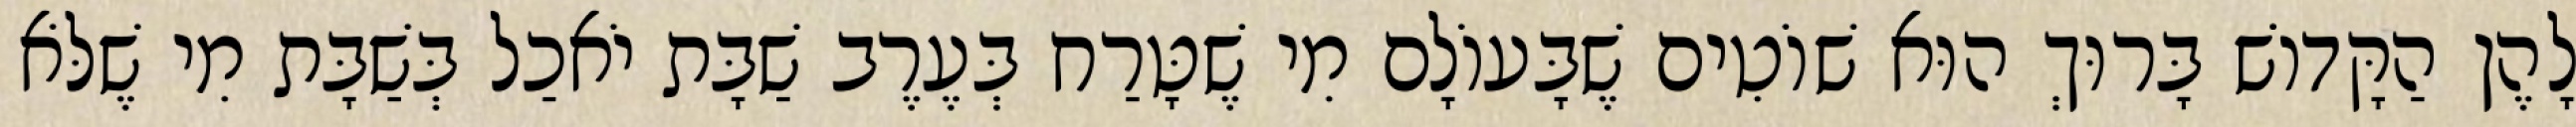
לָהֶן הַקָּדוֹשׁ בָּרוּךְ הוּא שׁוֹטִים שֶׁבָּעוֹלָם מִי שֶׁטָּרַח בְּעֶרֶב שַׁבָּת יֹאכַל בְּשַׁבָּת מִי שֶׁלֹּא